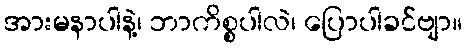
အားမနာပါနဲ့၊ ဘာကိစ္စပါလဲ၊ ပြောပါခင်ဗျာ။